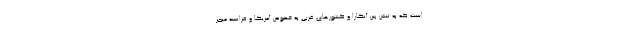
است که به تنش بین آنکارا و کشورهای غربی به خصوص آمریکا و فرانسه منجر